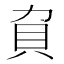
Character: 𧴥